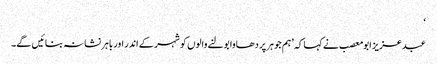
‘
عبدعزیز ابو معصب نے کہا کہ ’ہم جوہر پر دھاوا بولنے والوں کو شہر کے اندر اور باہر نشانہ بنائیں گے۔